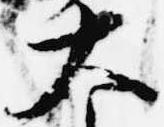
大